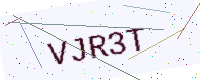
Text: VJR3T